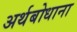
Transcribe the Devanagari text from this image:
अर्थबोधाना